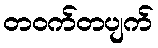
တဝက်တပျက်